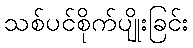
သစ်ပင်စိုက်ပျိုးခြင်း